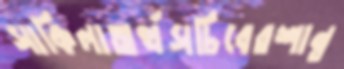
সাকিলাঅর্থসচিবেরশান্ত